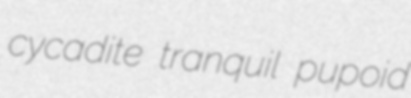
cycadite tranquil pupoid